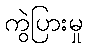
ကွဲပြားမှု